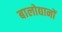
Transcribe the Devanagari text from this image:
बालोद्यानों